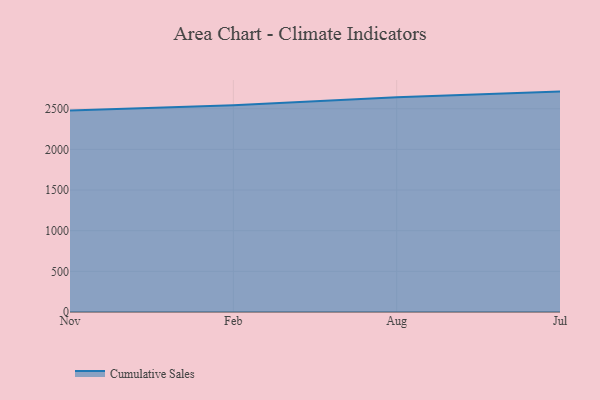
{"axis": {"x": "Month", "y": "LTV (USD)"}, "legend": ["Cumulative Sales"], "data": [{"x": "Nov", "y": 2477.9, "type": "Cumulative Sales"}, {"x": "Feb", "y": 2541.3, "type": "Cumulative Sales"}, {"x": "Aug", "y": 2641.1, "type": "Cumulative Sales"}, {"x": "Jul", "y": 2710.6, "type": "Cumulative Sales"}]}